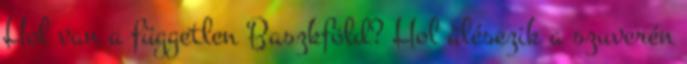
Hol van a független Baszkföld? Hol ülésezik a szuverén